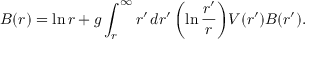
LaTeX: B ( r ) = \ln r + g \int _ { r } ^ { \infty } r ^ { \prime } \, d r ^ { \prime } \, \biggl ( \ln { \frac { r ^ { \prime } } { r } } \biggr ) V ( r ^ { \prime } ) B ( r ^ { \prime } ) .